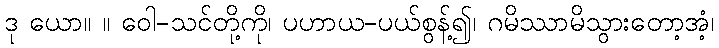
ဒု ယော။ ။ ဝေါ-သင်တို့ကို၊ ပဟာယ-ပယ်စွန့်၍၊ ဂမိဿာမိသွားတော့အံ့၊